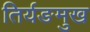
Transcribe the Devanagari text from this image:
तिर्यङमुख